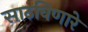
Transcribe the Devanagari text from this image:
साठविणारे